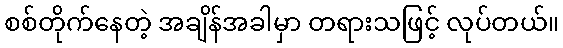
စစ်တိုက်နေတဲ့ အချိန်အခါမှာ တရားသဖြင့် လုပ်တယ်။